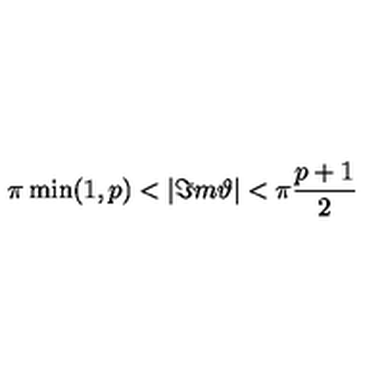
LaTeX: \pi \min ( 1 , p ) < | \Im m \vartheta | < \pi \frac { p + 1 } { 2 }